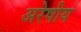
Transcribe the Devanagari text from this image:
अरेषीय